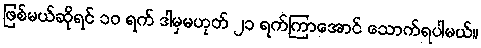
ဖြစ်မယ်ဆိုရင် ၁၀ ရက် ဒါမှမဟုတ် ၂၁ ရက်ကြာအောင် သောက်ရပါမယ်။